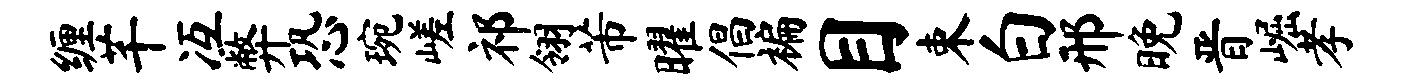
缠芊冱弊恐琬嵯祁翎芾曜倡褊目束白邢晚晋崛孝